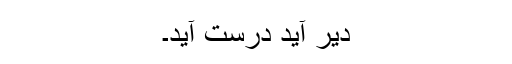
دیر آید درست آید۔